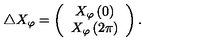
\triangle X _ { \varphi } = \left( \begin{array} { c } { X _ { \varphi } \left( 0 \right) } \\ { X _ { \varphi } \left( 2 \pi \right) } \\ \end{array} \right) .